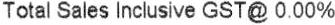
TOTAL SALES INCLUSIVE GST@ 0.00%